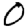
Digit: 0